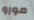
مورو